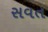
સવત